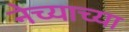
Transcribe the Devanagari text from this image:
नेच्याच्या